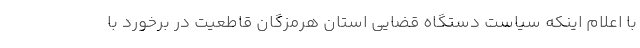
با اعلام اینکه سیاست دستگاه قضایی استان هرمزگان قاطعیت در برخورد با